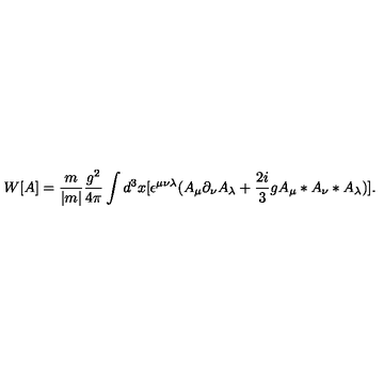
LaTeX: W [ A ] = \frac { m } { | m | } \frac { g ^ { 2 } } { 4 \pi } \int d ^ { 3 } x [ \epsilon ^ { \mu \nu \lambda } ( A _ { \mu } \partial _ { \nu } A _ { \lambda } + \frac { 2 i } { 3 } g A _ { \mu } * A _ { \nu } * A _ { \lambda } ) ] . \,